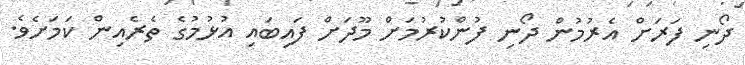
ދޯނި ފަރަށް އެރުމުން ދޯނި ފުންކުރުމަށް މޫދަށް ފައިބައި އުޅުމުގެ ތެރެއިން ކަމަށެވެ.